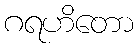
ဂရဟိတော